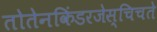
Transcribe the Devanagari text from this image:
तोतेनकिंडरजेस्चिचते